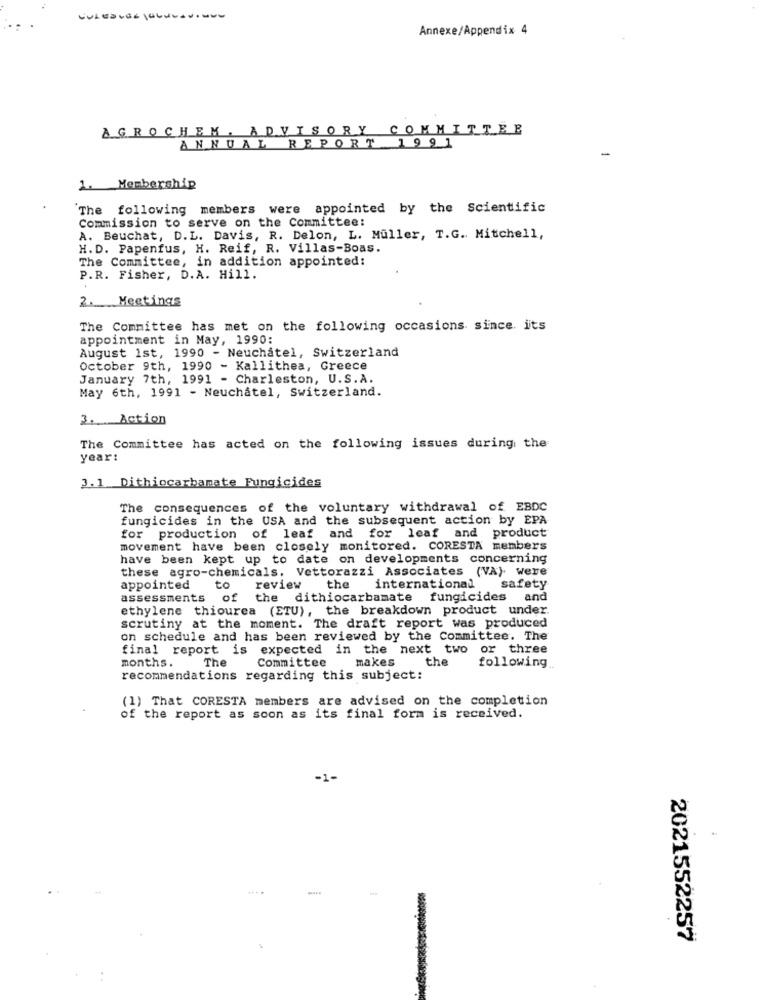
Annexe/Appendix 4
AGROCHEM . ADVISORY COMMITTEE
ANNUAL REPORT 1991
1. Membership
The following members were appointed by the Scientific
Commission to serve on the Committee:
A. Beuchat, D.L. Davis, R. Delon, L. Müller, T.G. Mitchell,
H. D. Papenfus, H. Reif, R. Villas-Boas.
The Committee, in addition appointed:
P.R. Fisher, D.A. Hill.
2. Meetings
The Committee has met on the following occasions since. its
appointment in May, 1990:
August 1st, 1990 - Neuchatel, Switzerland
October 9th, 1990 - Kallithea, Greece
January 7th, 1991 - Charleston, U.S. A.
May 6th, 1991 - Neuchatel, Switzerland.
3. Action
The Committee has acted on the following issues during the
year:
3.1 Dithiocarbamate Fungicides
The consequences of the voluntary withdrawal of EBDC
fungicides in the USA and the subsequent action by EPA-
for production of leaf and for leaf and product
movement have been closely monitored. CORESTA members
have been kept up to date on developments concerning
these agro-chemicals, Vettorazzi Associates (VA) were
appointed
to
review the international
safety
assessments of the dithiocarbamate fungicides and
ethylene thiourea (ETU), the breakdown product under.
scrutiny at the moment. The draft report was produced
on schedule and has been reviewed by the Committee. The
final report is expected in the next two or three
The
makes
months.
Committee
the
following
recommendations regarding this subject:
(1) That CORESTA members are advised on the completion
of the report as soon as its final form is received.
....
2021552257